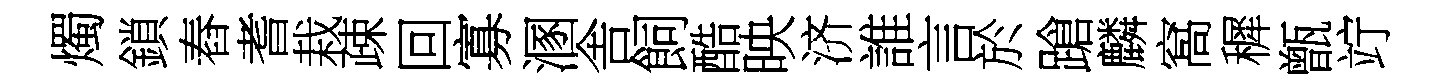
燭鎖舂耆栽疎回寡溷舎飼酷映济誰言於蹌麟窩穉甑竚